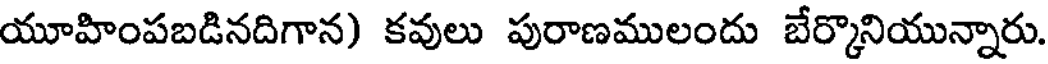
యూహింపబడినదిగాన) కవులు పురాణములందు బేర్కొనియున్నారు.